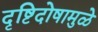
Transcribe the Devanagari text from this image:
दृष्टिदोषामुळे